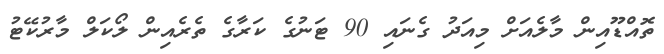
ތޮއްޑޫއިން މާލެއަށް މިއަދު ގެނައި 90 ޓަނުގެ ކަރާގެ ތެރެއިން ލޯކަލް މާރުކޭޓު